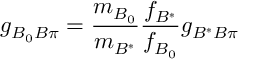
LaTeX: g _ { B _ { 0 } B \pi } = \frac { m _ { B _ { 0 } } } { m _ { B ^ { * } } } \frac { f _ { B ^ { * } } } { f _ { B _ { 0 } } } g _ { B ^ { * } B \pi }